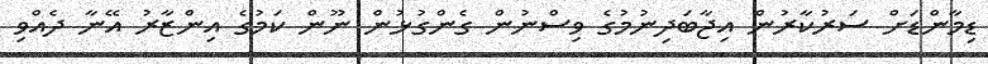
ޑިމާންޑަށް ސަރުކާރުން އިޖާބަދިނުމުގެ ވިސްނުން ގެންގުޅުން ނޫން ކަމުގެ އިންޒާރު އޭނާ ދެއްވި